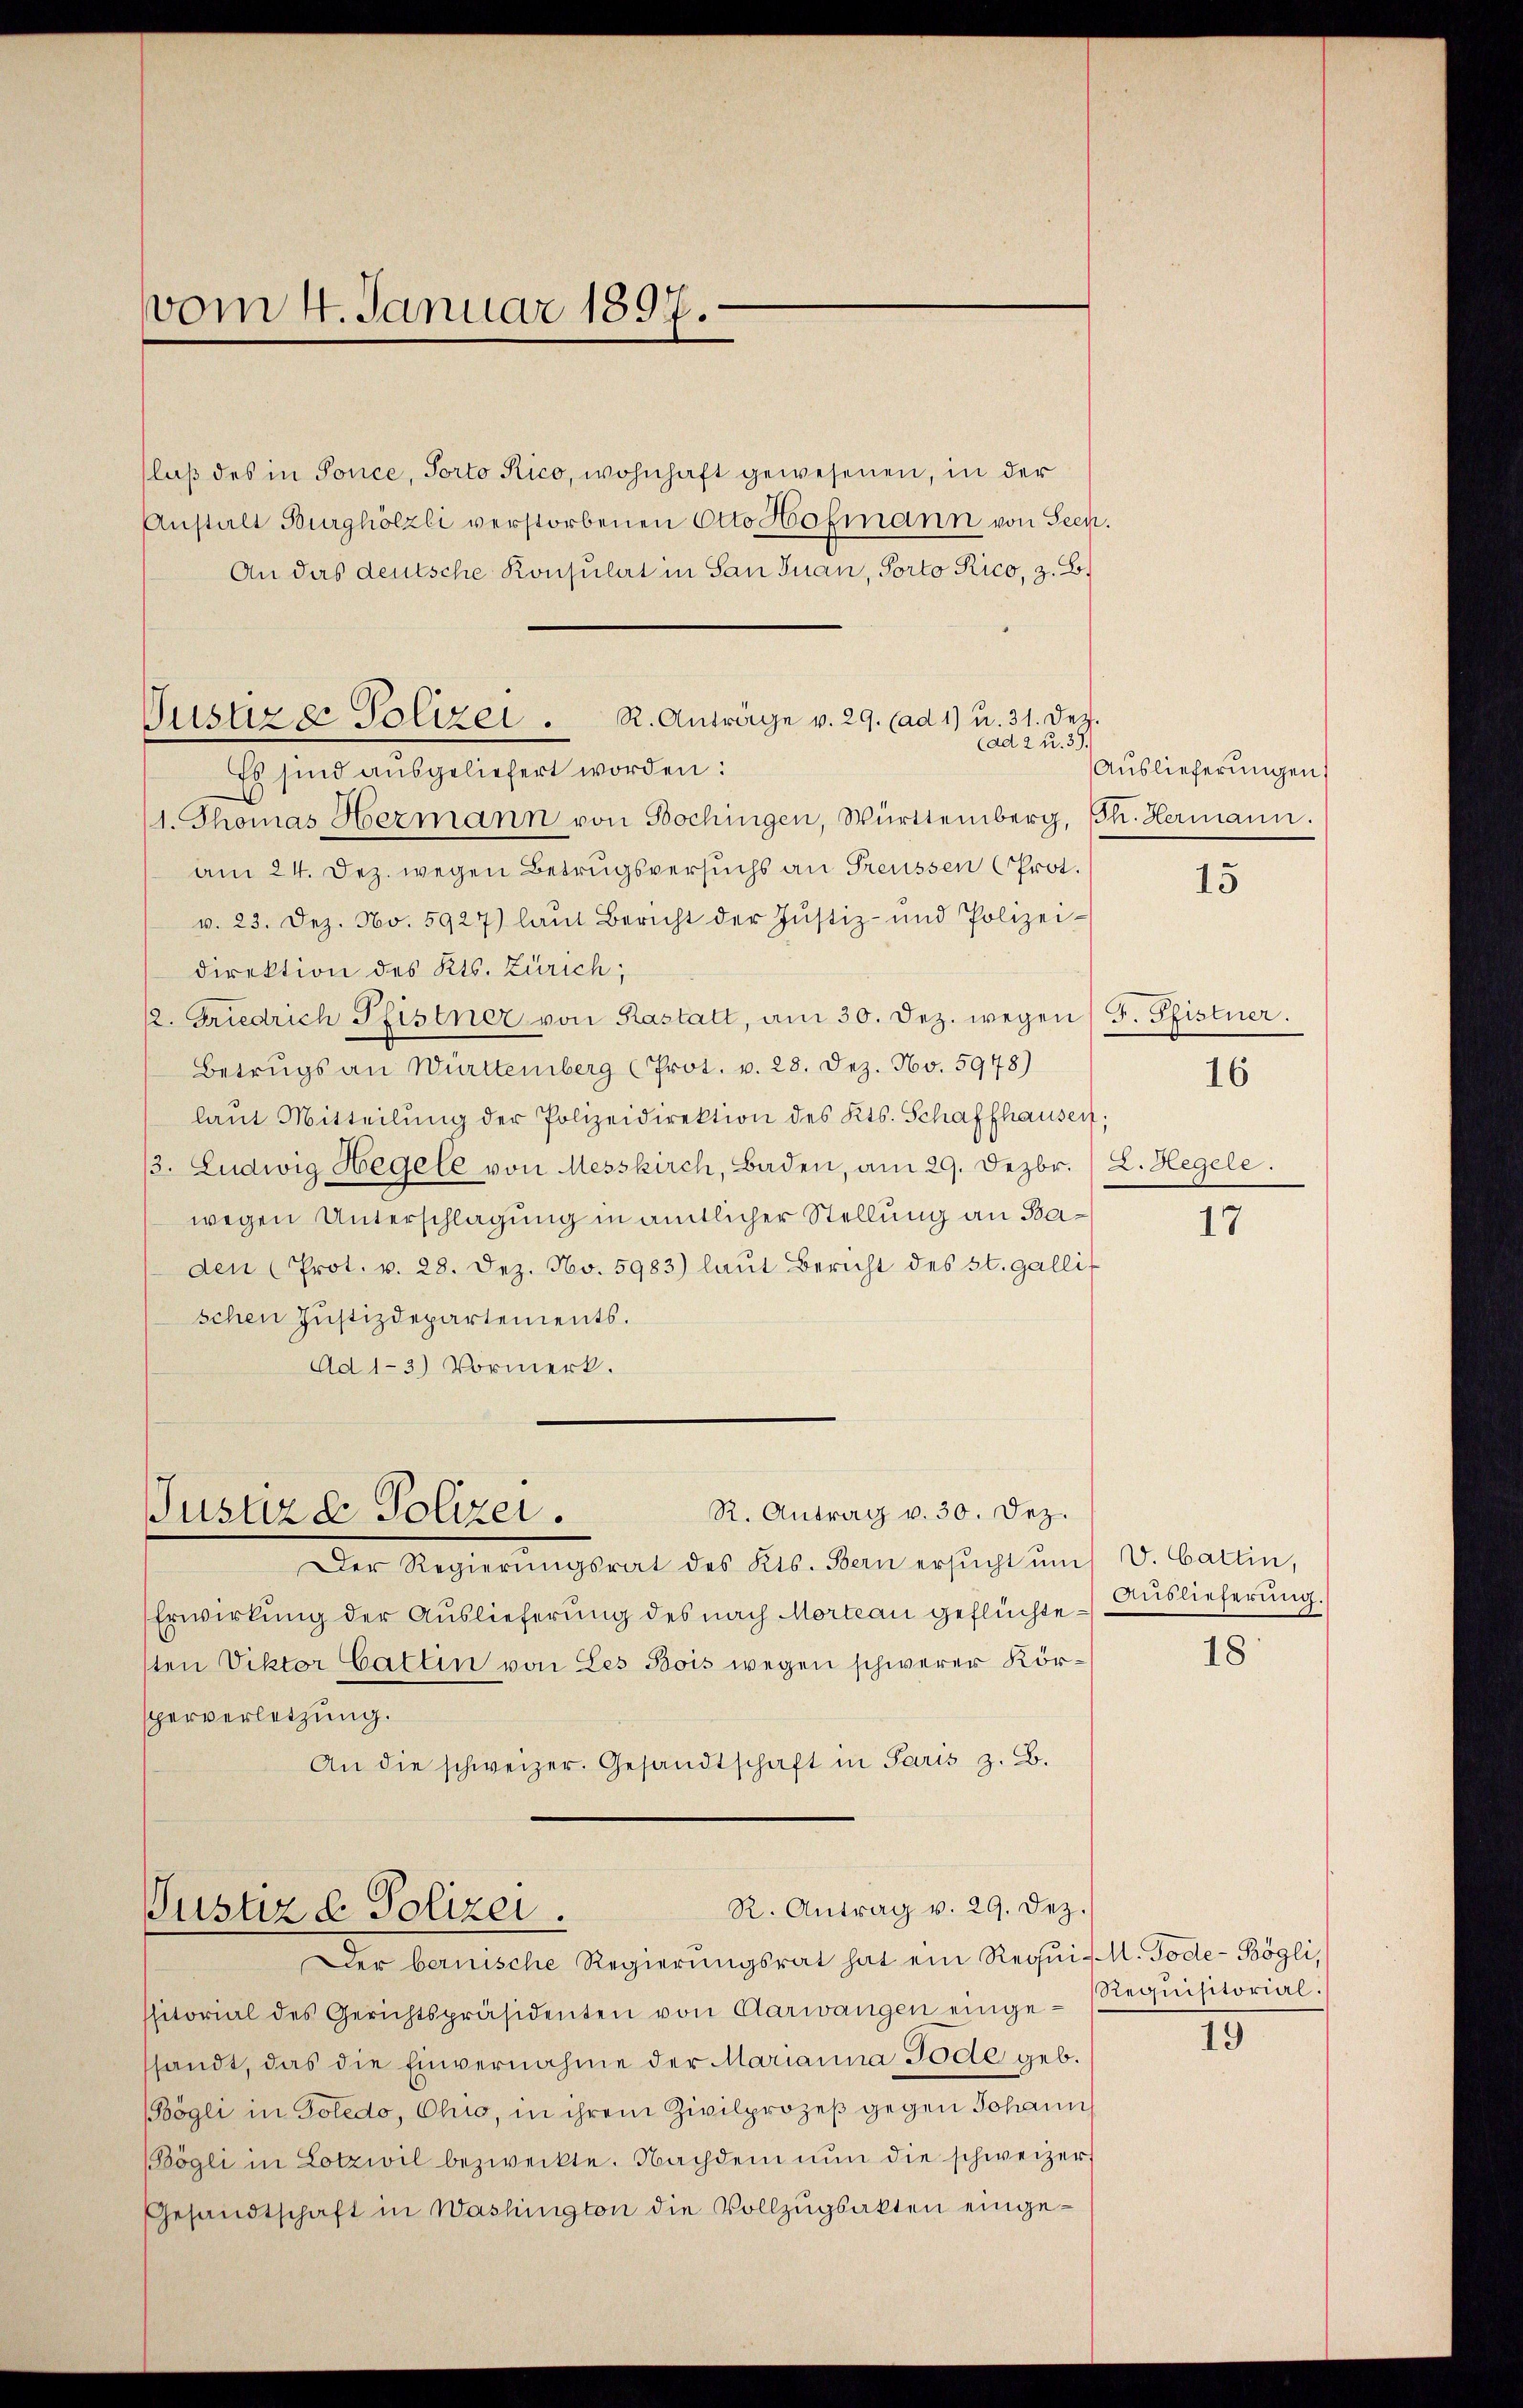
vom 4. Januar 1897.

laβ des in Tonce, Porto Rico, wohnhaft gewesenen, in der
Anstalt Burghölzli verstorbenen Otto Hofmann von Seen.
An das deutsche Konsulat in San Juan, Porto Rico, z. B.

Es sind ausgeliefert worden:
(1. Thomas Hermann von Bochingen, Württemberg, Ph. Hermann.
am 24. Dez. wegen Betrugsversuchs an Freussen Prot.
v. 23. Dez. No. 5927) laŭt Bericht der Justiz- und Polizei-
direktion des Kts. Zürich;
22. Friedrich Pfistner von Kastatt, am 30. Dez. wegen F. Pfistner.
Betrugs an Württemberg (Prot. v. 28. Dez. No. 5948)
laŭt Mitteilŭng der Polizeidirektion des Kts. Schaffhausen;
/3. Ludwig Hegele von Messkirch, Baden, am 29. Dezbr. /L. Hegele
wegen Unterschlagung in amtlicher Stellung an Baden (Prot. v. 28. Dez. No. 5983) laut Bericht des st. gallif
schen Justizdepartements.
Ad 1-3) Vormerk.

Justiz & Polizei . R. Anträge v. 29. (ad 1) u. 31. Der

R. Antrag v. 30. Dez.
Justiz & Polizei.

(ad 2 u. 39.

Der Regierŭngsrat des Kts. Bern ersŭcht ŭm V. Cattin,
Erwirkung der Auslieferung des nach Morteau geflüchtesten Viktor Gattin von Les Bois wegen schwerer Körsperverletzung.
An die schweizer. Gesandtschaft in Paris z. B.
R. Antrag v. 29. Dez.
Justiz, d. Polizei.

Der bernische Regierungsrat hat ein Requi-M. Tode-Bögli,
ssitorial des Gerichtspräsidenten von Aarwangen einge-Requisitorial-
ssandt, das die Einvernahme der Marianna Tode geb.
ögli in Poledo, Ohio, in ihrem Zivilprozeß gegen Johann
Bögli in Lotzwil bezweckte. Nachdem nun die schweizer¬
Gesandtschaft in Washington die Vollzugsakten einge¬

Auslieferungen

15

16

17

Auslieferung.

18:

15